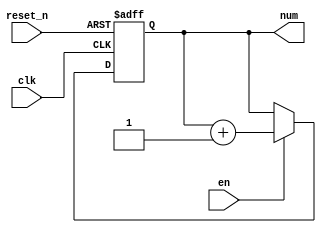
module cnt8(
input clk,
input reset_n,
input en,
output reg [26:0] num
);
always @(posedge clk or posedge reset_n)
begin
if(reset_n)
num<=0;
else if(en)
num<=num+1'b1;
end
endmodule